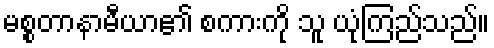
မစ္စတာနာမီယာ၏ စကားကို သူ ယုံကြည်သည်။